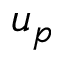
u _ { p }